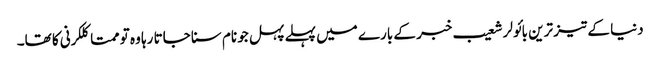
دنیا کے تیز ترین بائولر شعیب خبر کے بارے میں پہلے پہل جو نام سنا جاتا رہا وہ تو ممتا کلکرنی کا تھا۔